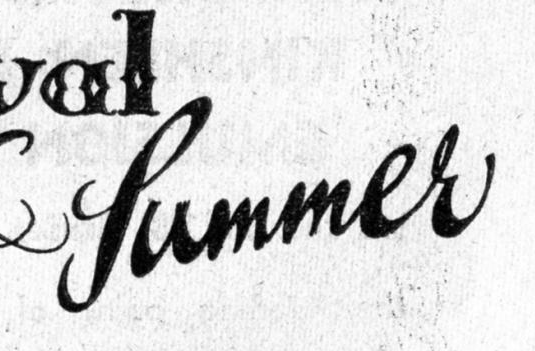
fummel